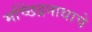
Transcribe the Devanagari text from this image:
मच्छिंद्रनाथाचे